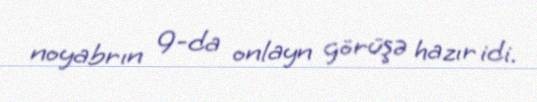
noyabrın 9-da onlayn görüşə hazır idi.